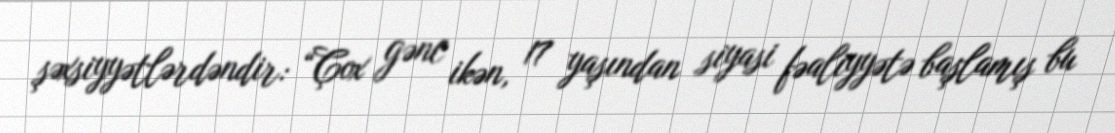
şəxsiyyətlərdəndir: “Çox gənc ikən, 17 yaşından siyasi fəaliyyətə başlamış bu